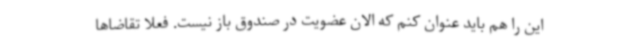
این را هم باید عنوان کنم که الان عضویت در صندوق باز نیست. فعلا تقاضاها